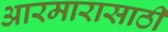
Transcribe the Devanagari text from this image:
आरमारासाठी